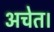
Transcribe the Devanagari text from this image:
अचेत।